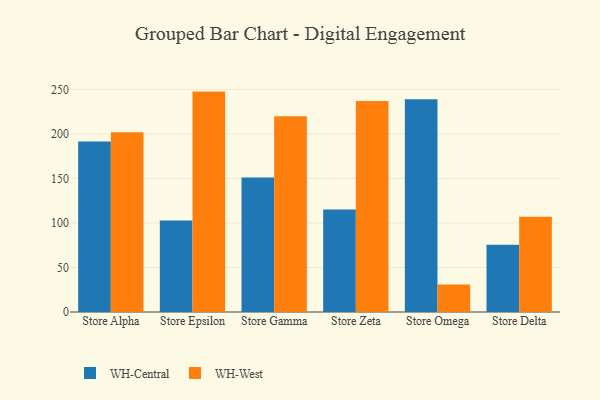
{"axis": {"x": "Store", "y": "Headcount"}, "legend": ["WH-Central", "WH-West"], "data": [{"x": "Store Alpha", "y": 191.5, "type": "WH-Central"}, {"x": "Store Alpha", "y": 201.8, "type": "WH-West"}, {"x": "Store Epsilon", "y": 102.8, "type": "WH-Central"}, {"x": "Store Epsilon", "y": 247.5, "type": "WH-West"}, {"x": "Store Gamma", "y": 151.1, "type": "WH-Central"}, {"x": "Store Gamma", "y": 219.8, "type": "WH-West"}, {"x": "Store Zeta", "y": 115.2, "type": "WH-Central"}, {"x": "Store Zeta", "y": 237.0, "type": "WH-West"}, {"x": "Store Omega", "y": 238.8, "type": "WH-Central"}, {"x": "Store Omega", "y": 31.0, "type": "WH-West"}, {"x": "Store Delta", "y": 75.6, "type": "WH-Central"}, {"x": "Store Delta", "y": 106.9, "type": "WH-West"}]}